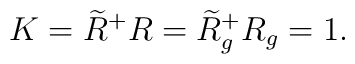
K =\widetilde{R}^{+}R=\widetilde{R}^{+}_{g}R_{g}= 1.